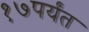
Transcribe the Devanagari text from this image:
१७पर्यंत